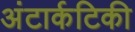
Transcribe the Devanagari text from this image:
अंटार्कटिकी